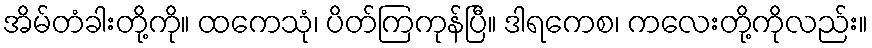
အိမ်တံခါးတို့ကို။ ထကေသုံ၊ ပိတ်ကြကုန်ပြီ။ ဒါရကေစ၊ ကလေးတို့ကိုလည်း။